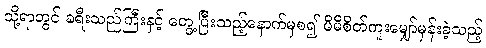
သို့ရာတွင် ခရီးသည်ကြီးနှင့် တွေ့ပြီးသည့်နောက်မှစ၍ မိမိစိတ်ကူးမျှော်မှန်းခဲ့သည့်